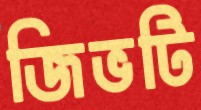
জিভটি